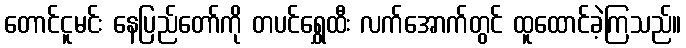
တောင်ငူမင်း နေပြည်တော်ကို တပင်ရွှေထီး လက်အောက်တွင် ထူထောင်ခဲ့ကြသည်။